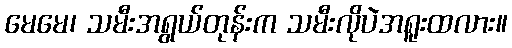
မေမေ၊ သမီးအရွယ်တုန်းက သမီးလိုပဲအရူးထလား။